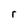
Character: r